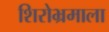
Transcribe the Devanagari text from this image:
शिरोभ्रमाला